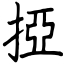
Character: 掗